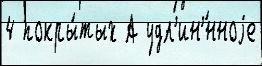
4 покры́тых А удл'ин'́нноjе